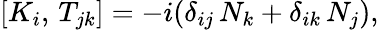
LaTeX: [K_{i},\, T_{jk}]=-i(\delta_{ij}\, N_{k}+\delta_{ik}\, N_{j}),